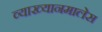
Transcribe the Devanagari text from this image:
व्याख्यानमालेस